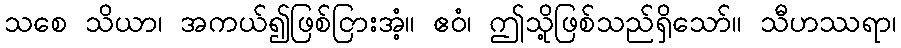
သစေ သိယာ၊ အကယ်၍ဖြစ်ငြားအံ့။ ဧဝံ၊ ဤသို့ဖြစ်သည်ရှိသော်။ သီဟဿရာ၊